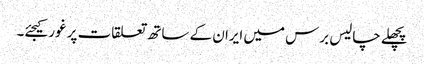
پچھلے چالیس برس میں ایران کے ساتھ تعلقات پر غور کیجئے۔